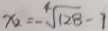
x = - \sqrt [ 4 ] { 1 2 8 } - 1